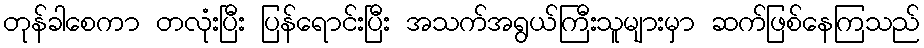
တုန်ခါစေကာ တလုံးပြီး ပြန်ရောင်းပြီး အသက်အရွယ်ကြီးသူများမှာ ဆက်ဖြစ်နေကြသည်